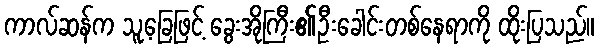
ကာလ်ဆန်က သူ့ခြေဖြင့် ခွေးအိုကြီး၏ဦးခေါင်းတစ်နေရာကို ထိုးပြသည်။